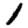
Digit: 1